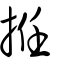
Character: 拰